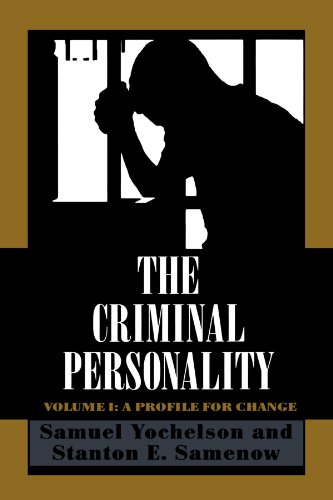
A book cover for The Criminal Personality: A Profile for Change; Samuel Yochelson; Medical Books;